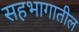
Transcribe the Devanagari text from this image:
सहभागातील